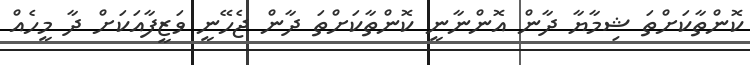
ކޮންތާކަށްތަ ޝިމާޔާ ދާން އޮންނާނީ ކޮންތާކަށްތަ ދާން ޖެހޭނީ ވަޒީފާއަކަށް ދާ މީހެއް